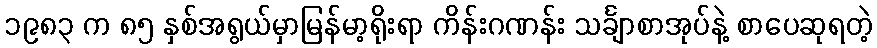
၁၉၈၃ က ၈၅ နှစ်အရွယ်မှာမြန်မာ့ရိုးရာ ကိန်းဂဏန်း သင်္ချာစာအုပ်နဲ့ စာပေဆုရတဲ့